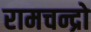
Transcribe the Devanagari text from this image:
रामचन्द्रो